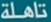
أكدتْ هذه